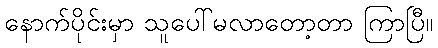
နောက်ပိုင်းမှာ သူပေါ်မလာတော့တာ ကြာပြီ။